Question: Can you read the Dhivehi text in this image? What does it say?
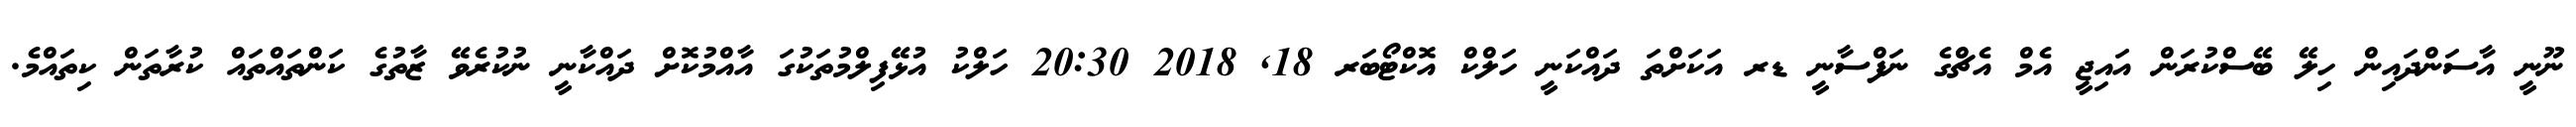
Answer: ނޫނީ އާސަންދައިން ހިލޭ ބޭސްކުރަން އައިޖީ އެމް އެޗްގެ ނަފްސާނީ ޑރ އަކަށްތަ ދައްކަނީ ހަލްކް އޮކްޓޯބަރ 18, 2018 20:30 ހަލްކު އުޅޭފިލްމުތަކުގަ އާއްމުކޮށް ދައްކާނީ ނުކުރެވޭ ޒާތުގެ ކަންތައްތައް ކުރާތަން ކިތައްމެ.